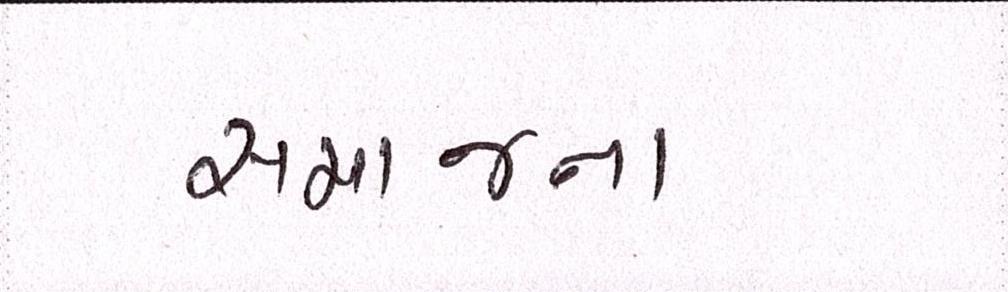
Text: સમાજના